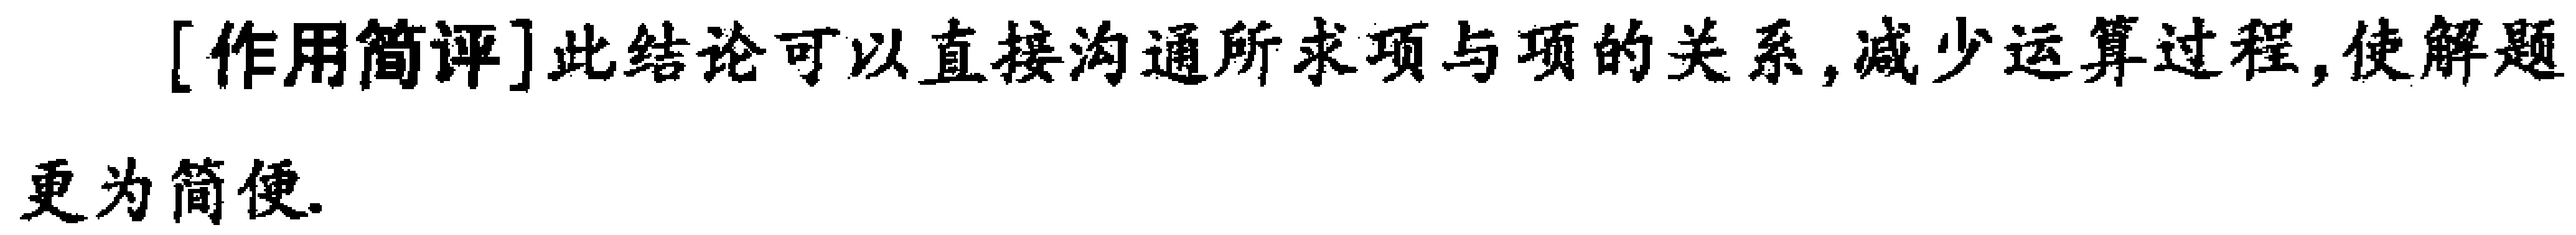
[作用简评]此结论可以直接沟通所求项与项的关系,减少运算过程,使解题更为简便.